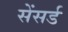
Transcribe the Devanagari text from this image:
सेंसर्ड